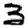
Digit: 3